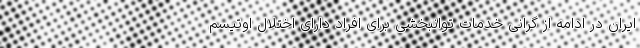
ایران در ادامه از گرانی خدمات توانبخشی برای افراد دارای اختلال اوتیسم